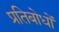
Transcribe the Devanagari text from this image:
प्रतिबोधों